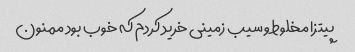
پیتزا مخلوط و سیب زمینی خرید کردم که خوب بود ممنون